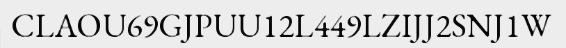
CLAOU69GJPUU12L449LZIJJ2SNJ1W